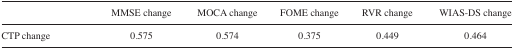
|  | MMSE change | MOCA change | FOME change | RVR change | WIAS-DS change |
 | --- | --- | --- | --- | --- | --- |
 | CTP change | 0.575 | 0.574 | 0.375 | 0.449 | 0.464 |